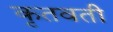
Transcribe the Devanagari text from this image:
कृतवती